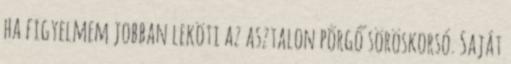
ha figyelmem jobban leköti az asztalon pörgő söröskorsó. Saját